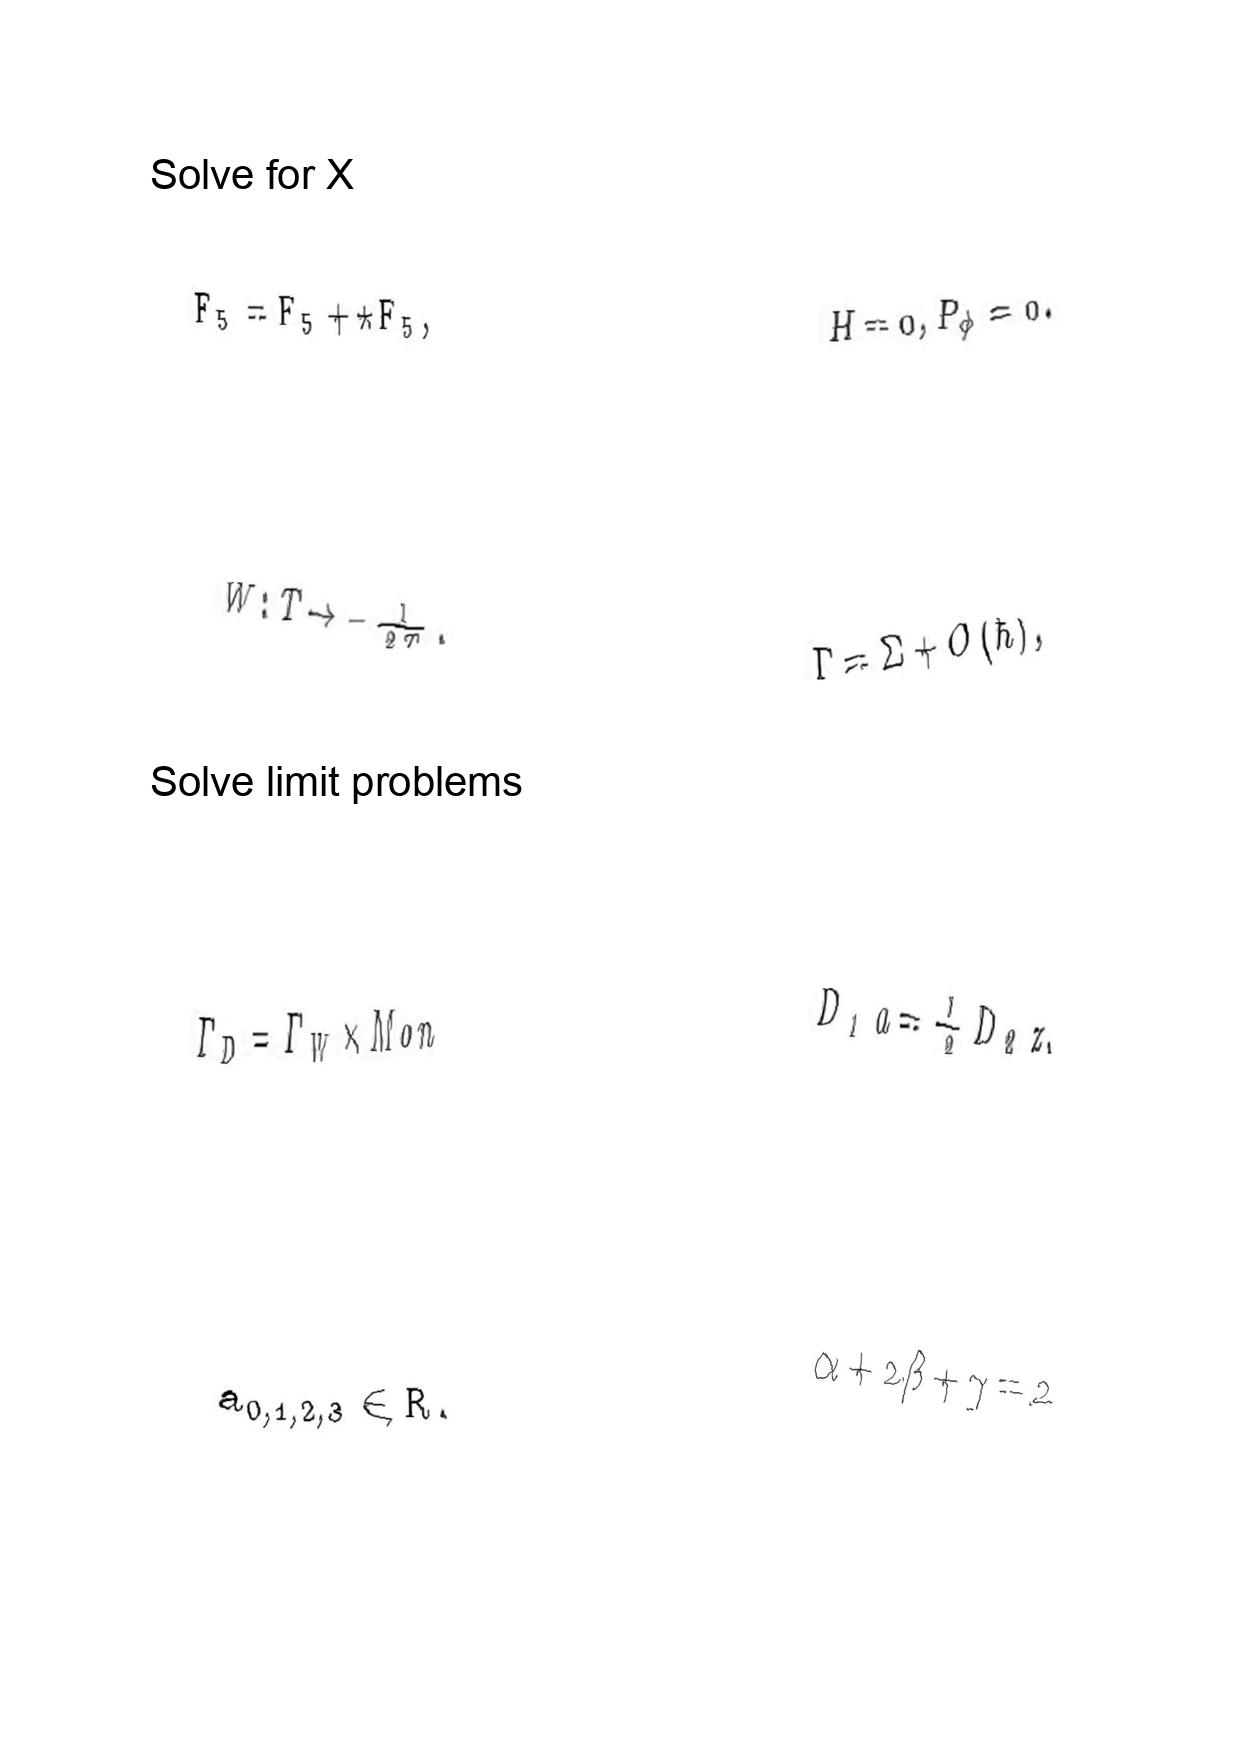
LaTeX transcription:
F _ { 5 } = F _ { 5 } + \star F _ { 5 } ,
W : T \rightarrow - \frac { 1 } { 2 T } .
\Gamma _ { D } = \Gamma _ { W } \times M o n
a _ { 0 , 1 , 2 , 3 } \in R .
H = 0 , P _ { \phi } = 0 .
\Gamma = \Sigma + O \lparen \hbar \rparen ,
D _ { 1 } a = \frac { 1 } { 2 } D _ { 2 } z ,
\alpha + 2 \beta + \gamma = 2